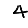
Digit: 4